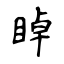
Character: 𥇍